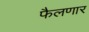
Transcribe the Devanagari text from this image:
फैलणार